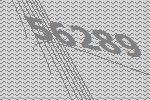
56289